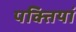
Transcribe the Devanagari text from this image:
पक्तियां